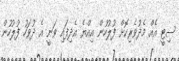
ސިޓީ އެއް މެދުވެރިކޮށް ފުލުހުން އިއްޔެ އެދިފައި ވަނީ އެ ދުވަހު ފުލުހުން